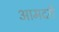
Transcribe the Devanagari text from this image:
आमदरी